Scottish Leaving Certificate Examination, 1960
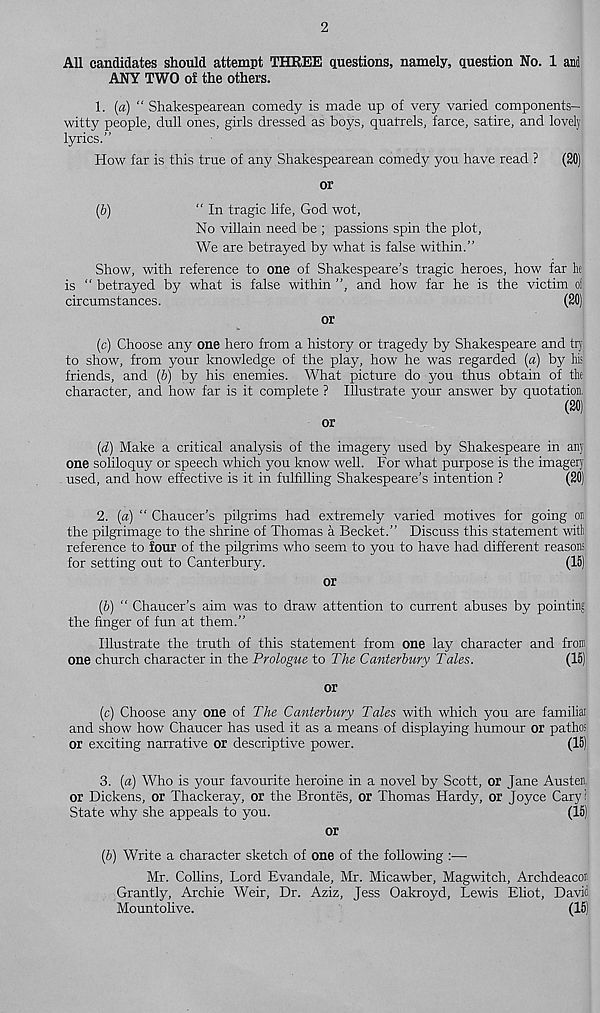
2
All candidates should attempt THREE questions, namely, question No. 1 and
ANY TWO of the others.
1. (a) “ Shakespearean comedy is made up of very varied components—
witty people, dull ones, girls dressed as boys, quafrels, farce, satire, and lovely
lyrics.”
How far is this true of any Shakespearean comedy you have read ?
(20)
or
(b)
“ In tragic life, God wot,
No villain need be ; passions spin the plot,
We are betrayed by what is false within.”
Show, with reference to one of Shakespeare’s tragic heroes, how far he
is “ betrayed by what is false within ”, and how far he is the victim ol
circumstances.
(20)
or
(c) Choose any one hero from a history or tragedy by Shakespeare and try
to show, from your knowledge of the play, how he was regarded [a) by his
friends, and (&) by his enemies. What picture do you thus obtain of the
character, and how far is it complete ? Illustrate your answer by quotation,
(20)
or
(d) Make a critical analysis of the imagery used by Shakespeare in any
one soliloquy or speech which you know well. For what purpose is the imagery
used, and how effective is it in fulfilling Shakespeare’s intention ?
(20)
2. (a) “ Chaucer’s pilgrims had extremely varied motives for going oi
the pilgrimage to the shrine of Thomas a Becket.” Discuss this statement witli
reference to four of the pilgrims who seem to you to have had different reasons
for setting out to Canterbury.
(15)
or
(6) “ Chaucer’s aim was to draw attention to current abuses by pointing
the finger of fun at them.”
Illustrate the truth of this statement from one lay character and from
one church character in the Prologue to The Canterbury Tales.
(15)
or
(c) Choose any one of The Canterbury Tales with which you are familial
and show how Chaucer has used it as a means of displaying humour or pathos
or exciting narrative or descriptive power.
(15)
3. (a) Who is your favourite heroine in a novel by Scott, or Jane Austen,
or Dickens, or Thackeray, or the Brontes, or Thomas Hardy, or Joyce Cary?
State why she appeals to you.
(15)
or
(6) Write a character sketch of one of the following :—
Mr. Collins, Lord Evandale, Mr. Micawber, Magwitch, Archdeacon
Grantly, Archie Weir, Dr. Aziz, Jess Oakroyd, Lewis Eliot, David
Mountolive.
(15)